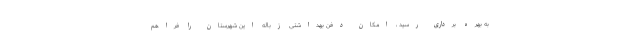
به بهره برداری رسید ، امکان دفن بهداشتی زباله این شهرستان را فراهم